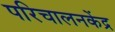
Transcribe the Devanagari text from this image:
परिचालनकेंद्र